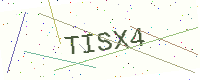
Text: TISX4